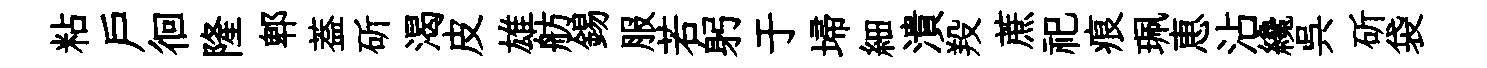
粘户徊隆郫葢斫渴皮雄舫錫服若躬于埽細潰羖蔗祀痕珮恵沾纔呉斫袋